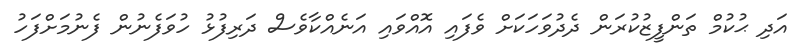
އަދި ޙުކުމް ތަންފީޒުކުރަން ދެދުވަހަކަށް ވެފައި އޮއްވައި އަނެއްކާވެސް ދަރިފުޅު ހުވަފެނުން ފެނުމަށްފަހު